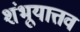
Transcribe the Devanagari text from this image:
शंभूयात्तव